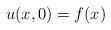
LaTeX: \begin{align*} u(x,0)=f(x)\end{align*}